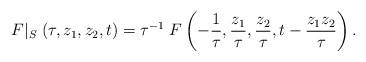
\begin{align*}F|_S\; (\tau, z_1, z_2, t) = \tau^{-1}\; F\left(-\frac{1}{\tau}, \frac{z_1}{\tau}, \frac{z_2}{\tau}, t-\frac{z_1z_2}{\tau}\right).\end{align*}